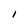
Character: I